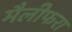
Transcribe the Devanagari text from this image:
मैलीफरा